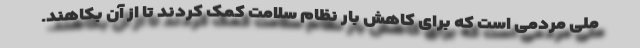
ملی مردمی است که برای کاهش بار نظام سلامت کمک کردند تا از آن بکاهند.